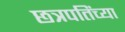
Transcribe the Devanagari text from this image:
छत्रपतिंच्या